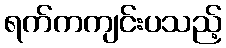
ရက်ကကျင်းပသည့်